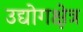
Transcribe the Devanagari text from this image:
उद्योगक्षेत्र